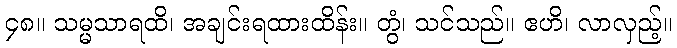
၄၈။ သမ္မသာရထိ၊ အချင်းရထားထိန်း။ တွံ၊ သင်သည်။ ဧဟိ၊ လာလှည့်။